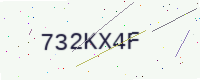
Text: 732KX4F